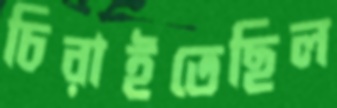
চিরাইতেছিল